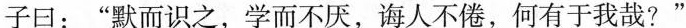
子曰：”默而识之，学而不厌，诲人不倦，何有于我哉?”